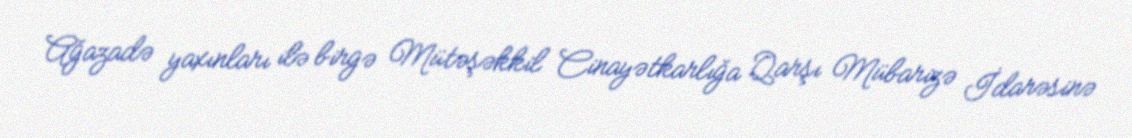
Ağazadə yaxınları ilə birgə Mütəşəkkil Cinayətkarlığa Qarşı Mübarizə İdarəsinə